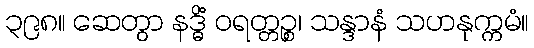
၃၉၈။ ဆေတွာ နဒ္ဓိံ ဝရတ္တဉ္စ၊ သန္ဒာနံ သဟနုက္ကမံ။